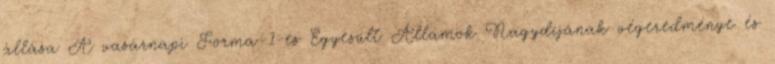
állása A vasárnapi Forma-1-es Egyesült Államok Nagydíjának végeredménye és